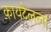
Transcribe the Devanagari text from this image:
कायटेलला